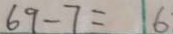
6 9 - 7 = 6